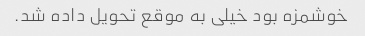
خوشمزه بود ‌خیلی به موقع تحویل داده شد.